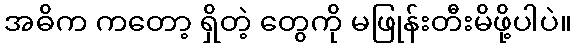
အဓိက ကတော့ ရှိတဲ့ တွေကို မဖြုန်းတီးမိဖို့ပါပဲ။